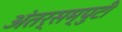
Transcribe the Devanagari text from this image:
अंतर्सम्पुटी